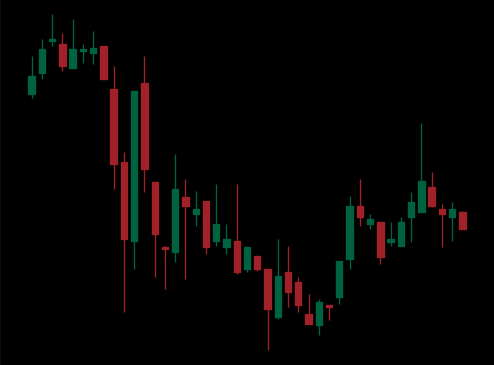
Pattern: bull_flag